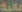
عالية